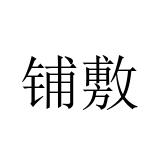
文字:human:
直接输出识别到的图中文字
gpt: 铺敷